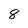
Character: 8